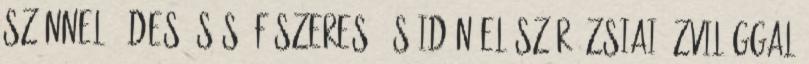
színnel, édes, sós, fűszeres, és idén először ázsiai ízvilággal